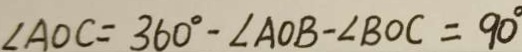
\angle A O C = 3 6 0 ^ { \circ } - \angle A O B - \angle B O C = 9 0 ^ { \circ }